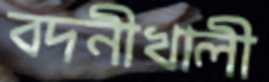
বদনীখালী